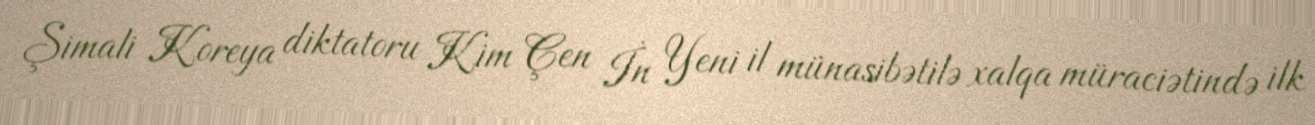
Şimali Koreya diktatoru Kim Çen İn Yeni il münasibətilə xalqa müraciətində ilk